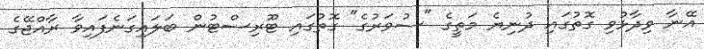
އޭނާ ވިދާޅުވި ގޮތުގައި ދުނިޔެ މަތީގެ "ސުވަރުގެ" ގޮތުގައި ޓޫރިސްޓުން ބަލައިގަނެފައިވާ ރާއްޖޭގެ